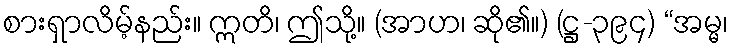
စားရှာလိမ့်နည်း။ ဣတိ၊ ဤသို့။ (အာဟ၊ ဆို၏။) (ဋ္ဌ-၃၉၄) “အမ္မ၊